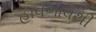
હાવભાવથી